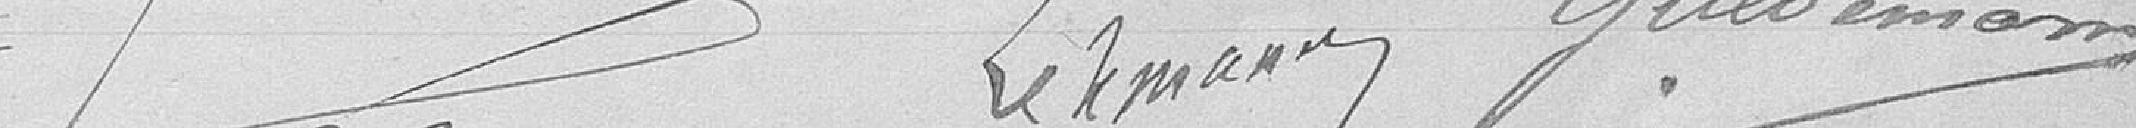
Lehmann Guldmann